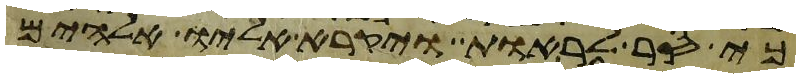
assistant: כי סר לראות ויקרא אליו אלהים